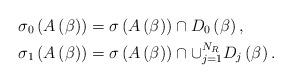
LaTeX: \begin{align*}\sigma_{0}\left( A\left( \beta\right) \right) & =\sigma\left( A\left(\beta\right) \right) \cap D_{0}\left( \beta\right) ,\\\sigma_{1}\left( A\left( \beta\right) \right) & =\sigma\left( A\left(\beta\right) \right) \cap\cup_{j=1}^{N_{R}}D_{j}\left( \beta\right).\end{align*}